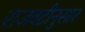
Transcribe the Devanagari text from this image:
राजवटीनुसार